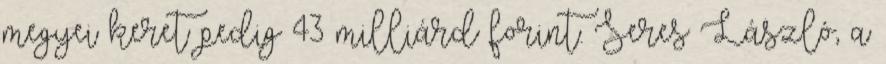
megyei keret pedig 43 milliárd forint. Seres László, a